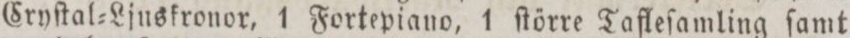
Cryſtal=Ljuskronor, 1 Fortepiano, 1 ſtörre Tafleſamling ſamt